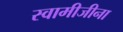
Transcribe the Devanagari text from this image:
स्वामीजीना